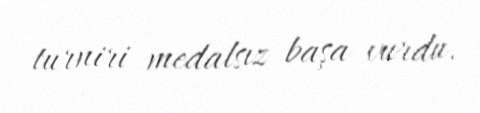
turniri medalsız başa vurdu.